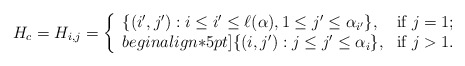
\begin{align*}H_c =H_{i,j}= \left\{ \begin{array}{ll} {\{(i',j'):i\leq i'\leq \ell(\alpha), 1\leq j'\leq \alpha_{i'}\}}, &\mbox{if $j=1$;} \\begin{align*}5pt] {\{(i,j'):j\leq j'\leq \alpha_i\}}, &\mbox{if $j>1$.} \end{array} \right.\end{align*}